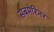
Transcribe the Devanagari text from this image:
सबमेरिनर